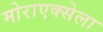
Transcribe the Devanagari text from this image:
मोराएक्सेला